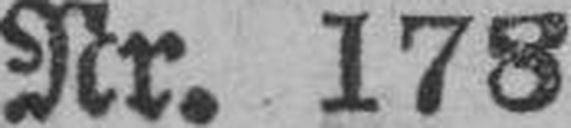
Nr. 178